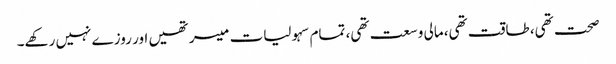
صحت تھی، طاقت تھی، مالی وسعت تھی، تمام سہولیات میسر تھیں اور روزے نہیں رکھے۔